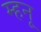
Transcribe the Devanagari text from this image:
म्हनू